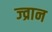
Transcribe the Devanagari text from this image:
ज्व्रान